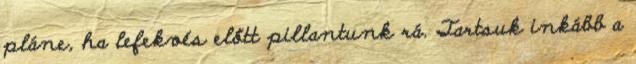
pláne, ha lefekvés előtt pillantunk rá. Tartsuk inkább a